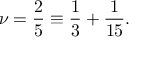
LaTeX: \nu = \frac { 2 } { 5 } \equiv \frac { 1 } { 3 } + \frac { 1 } { 1 5 } .